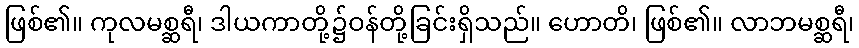
ဖြစ်၏။ ကုလမစ္ဆရီ၊ ဒါယကာတို့၌ဝန်တို့ခြင်းရှိသည်။ ဟောတိ၊ ဖြစ်၏။ လာဘမစ္ဆရီ၊